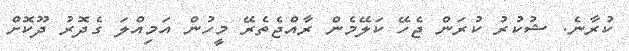
ކުރާނެ. ޝުކުރު ކުރަން ޖެހޭ ކަލޭމެން ރާއްޖެތެރޭ މީހުން އަމިއްލަ ގެދޮރު ދޫކޮށް